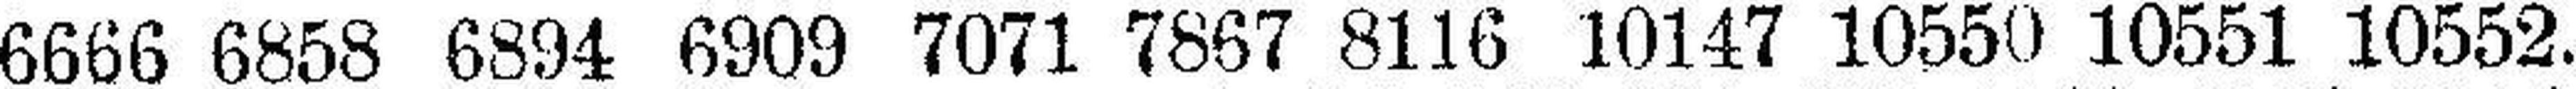
6666 6858 6894 6909 7071 7867 8116 10147 10550 10551 10552.